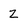
Character: 2